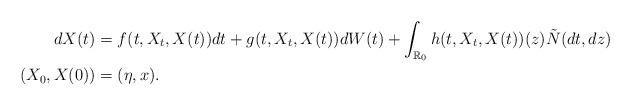
LaTeX: \begin{align*} d X(t)&=f(t, X_t,X(t)) d t+g(t,X_t,X(t))d W(t)+ \int_{\mathbb{R}_0}h(t,X_t,X(t))(z)\tilde N(d t, d z)\\(X_0,X(0))&=(\eta,x). \end{align*}